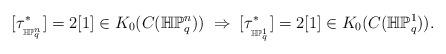
LaTeX: \begin{align*}&[\tau^*_{{}_{\mathbb{HP}^n_q}}]=2[1]\in K_0(C(\mathbb{HP}^n_q))\;\Rightarrow\;[\tau^*_{{}_{\mathbb{HP}^1_q}}]=2[1]\in K_0(C(\mathbb{HP}^1_q)).\end{align*}